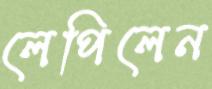
লেপিলেন